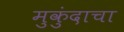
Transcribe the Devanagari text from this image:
मुकुंदाचा